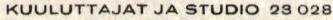
KUULUTTAJAT JA STUDIO 23 028